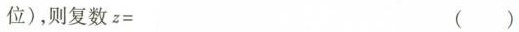
位)，则复数z=（）